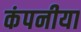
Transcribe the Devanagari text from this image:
कंपनीया